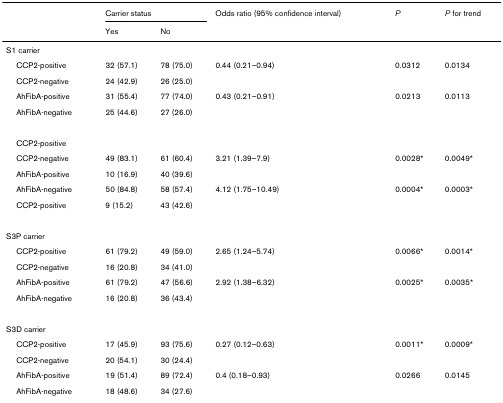
<table><thead><tr><td></td><td colspan="2"><b>Carrier status</b></td><td><b>Odds ratio (95% confidence interval)</b></td><td><b><i>P</i></b></td><td><b><i>P </i>for trend</b></td></tr><tr><td></td><td><b>Yes</b></td><td><b>No</b></td><td></td><td></td><td></td></tr></thead><tbody><tr><td>S1 carrier</td><td></td><td></td><td></td><td></td><td></td></tr><tr><td> CCP2-positive</td><td>32 (57.1)</td><td>78 (75.0)</td><td>0.44 (0.21–0.94)</td><td>0.0312</td><td>0.0134</td></tr><tr><td> CCP2-negative</td><td>24 (42.9)</td><td>26 (25.0)</td><td></td><td></td><td></td></tr><tr><td> AhFibA-positive</td><td>31 (55.4)</td><td>77 (74.0)</td><td>0.43 (0.21–0.91)</td><td>0.0213</td><td>0.0113</td></tr><tr><td> AhFibA-negative</td><td>25 (44.6)</td><td>27 (26.0)</td><td></td><td></td><td></td></tr><tr><td> CCP2-positive</td><td></td><td></td><td></td><td></td><td></td></tr><tr><td> CCP2-negative</td><td>49 (83.1)</td><td>61 (60.4)</td><td>3.21 (1.39–7.9)</td><td>0.0028*</td><td>0.0049*</td></tr><tr><td> AhFibA-positive</td><td>10 (16.9)</td><td>40 (39.6)</td><td></td><td></td><td></td></tr><tr><td> AhFibA-negative</td><td>50 (84.8)</td><td>58 (57.4)</td><td>4.12 (1.75–10.49)</td><td>0.0004*</td><td>0.0003*</td></tr><tr><td> CCP2-positive</td><td>9 (15.2)</td><td>43 (42.6)</td><td></td><td></td><td></td></tr><tr><td>S3P carrier</td><td></td><td></td><td></td><td></td><td></td></tr><tr><td> CCP2-positive</td><td>61 (79.2)</td><td>49 (59.0)</td><td>2.65 (1.24–5.74)</td><td>0.0066*</td><td>0.0014*</td></tr><tr><td> CCP2-negative</td><td>16 (20.8)</td><td>34 (41.0)</td><td></td><td></td><td></td></tr><tr><td> AhFibA-positive</td><td>61 (79.2)</td><td>47 (56.6)</td><td>2.92 (1.38–6.32)</td><td>0.0025*</td><td>0.0035*</td></tr><tr><td> AhFibA-negative</td><td>16 (20.8)</td><td>36 (43.4)</td><td></td><td></td><td></td></tr><tr><td>S3D carrier</td><td></td><td></td><td></td><td></td><td></td></tr><tr><td> CCP2-positive</td><td>17 (45.9)</td><td>93 (75.6)</td><td>0.27 (0.12–0.63)</td><td>0.0011*</td><td>0.0009*</td></tr><tr><td> CCP2-negative</td><td>20 (54.1)</td><td>30 (24.4)</td><td></td><td></td><td></td></tr><tr><td> AhFibA-positive</td><td>19 (51.4)</td><td>89 (72.4)</td><td>0.4 (0.18–0.93)</td><td>0.0266</td><td>0.0145</td></tr><tr><td> AhFibA-negative</td><td>18 (48.6)</td><td>34 (27.6)</td><td></td><td></td><td></td></tr></tbody></table>